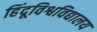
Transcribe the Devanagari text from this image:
हिंदूविश्वविद्यालय